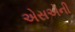
એસએની